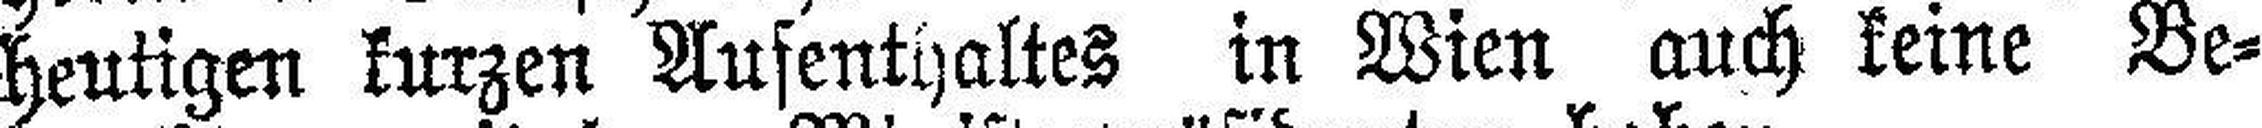
heutigen kurzen Aufenthaltes in Wien auch keine Be¬